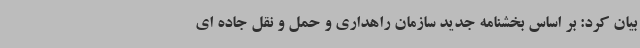
بیان کرد: بر اساس بخشنامه جدید سازمان راهداری و حمل و نقل جاده ای